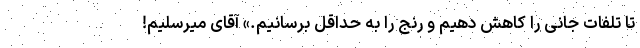
تا تلفات جانی را کاهش دهیم و رنج را به حداقل برسانیم.» آقای میرسلیم!